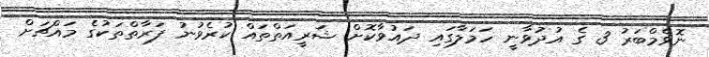
ނޮވެމްބަރު 3 ގެ އުދުވާނީ ހަމަލާގައި ދައުވާކޮށް ޝަރީއަތްތައް ކުރެވުނު ފަރާތްތަކުގެ މައްޗަށް